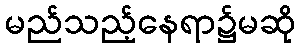
မည်သည့်နေရာ၌မဆို